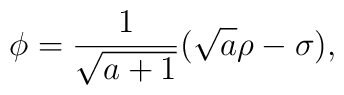
\phi = {1\over {\sqrt{a+1}}} (\sqrt{a}\rho -\sigma),